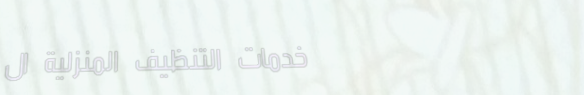
خدمات التنظيف المنزلية ال